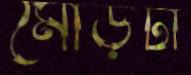
মোড়টা